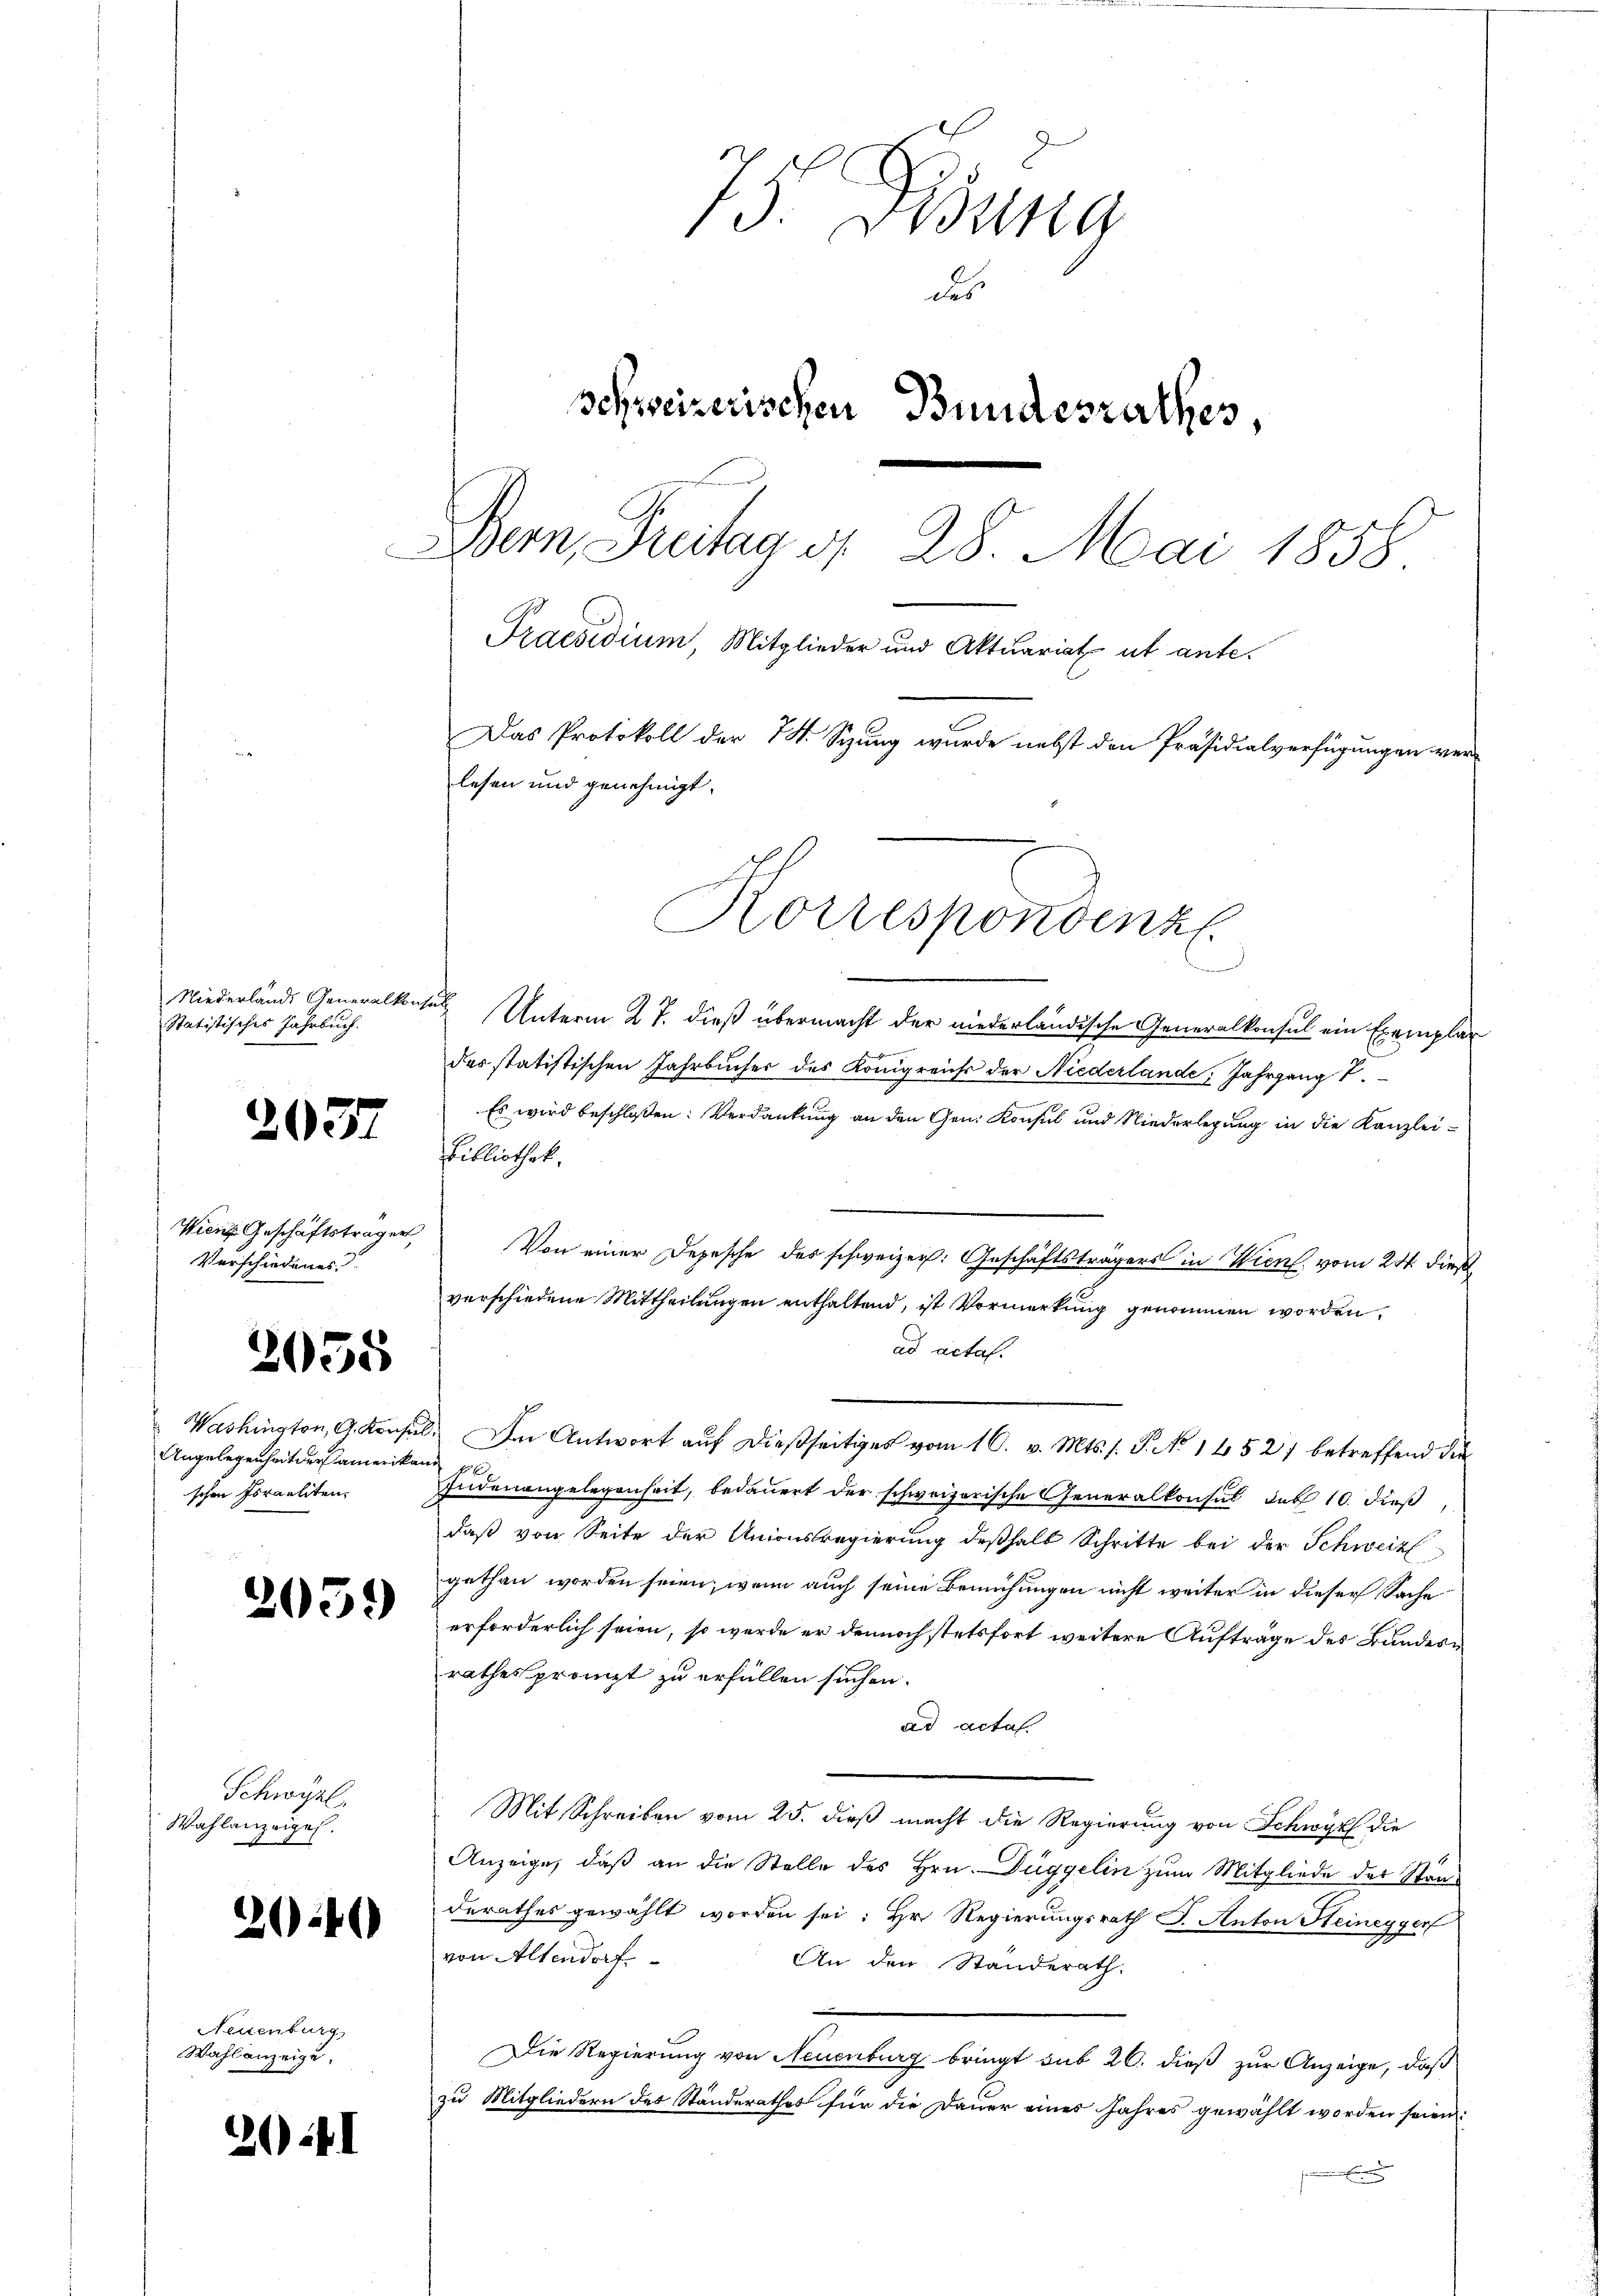
Statistisches Jahrbuch.

2037

Wien Geschäftsträger
Verschiedenes

2055

Angelegenheit der amerikant p
schen Israeliten.

2059

Schwyzl.
Wahlanzeigel.

24

Neuenburg
Wahlanzeige.

20

.

1
d. Weing
des
schweizerischen Bundesrathes
Bern, Freitag d. 28. Mai 1858
Praesidium, Mitglieder und Aktuariat ut ante.
Das Protokoll der 74. Syzung wurde nebst den Präsidialverfügungen ver-
lesen und genehmigt.

Niederlände Generalkonsuls Unterm 27. dieß übermacht der niederländische Generalkonsul ein Exemplar
ch
des statistischen Jahrbücher des Königreichs der Niederlande, Jahrgang 7.
Es wird beschloßen: Verdankung an den Gen. Konsul und Niederlegung in die Kanzlei¬
Bibliothek.
Von einer Depesche des schweizer: Geschäftsträgers in Wien, vom 24. dies
verschiedene Mittheilungen enthaltend, ist Vormerkung genommen worden,
ad acta.
Washington, 9. Konsil. Im Antwort auf dießseitiges vom 16. v. Mts. s. P. No 1452) betreffend die
Indenangelegenheit, bedauert der schweizerische Generalkonsul das 10. dieß
daß von Seite der Unionsregierung deßhalb Schritte bei der Schweiz
gethan worden seien, wenn auch seine Bemühungen nicht weiter in dieser Sache
erforderlich seien, so werde er dennoch stetsfort weitere Aufträge des Bundern
rathes prompt zu erfüllen suchen.
ad acta.
Mit Schreiben vom 25. dieß macht die Regierung von Schwyz die
Anzeige, daß an die Stelle des Hrn. Düggelin zum Mitgliede des Standerathes gewählt worden sei: Hr. Regierungsrath J. Anton Heinegger
von Altendorf.
An den Standerath.
Die Regierung von Neuenburg bringt sub 26. dieß zur Anzeige, daß
zu Mitgliedern des Standerathes für die Dauer eines Jahres gewählt worden seien:

Korrespondenz.